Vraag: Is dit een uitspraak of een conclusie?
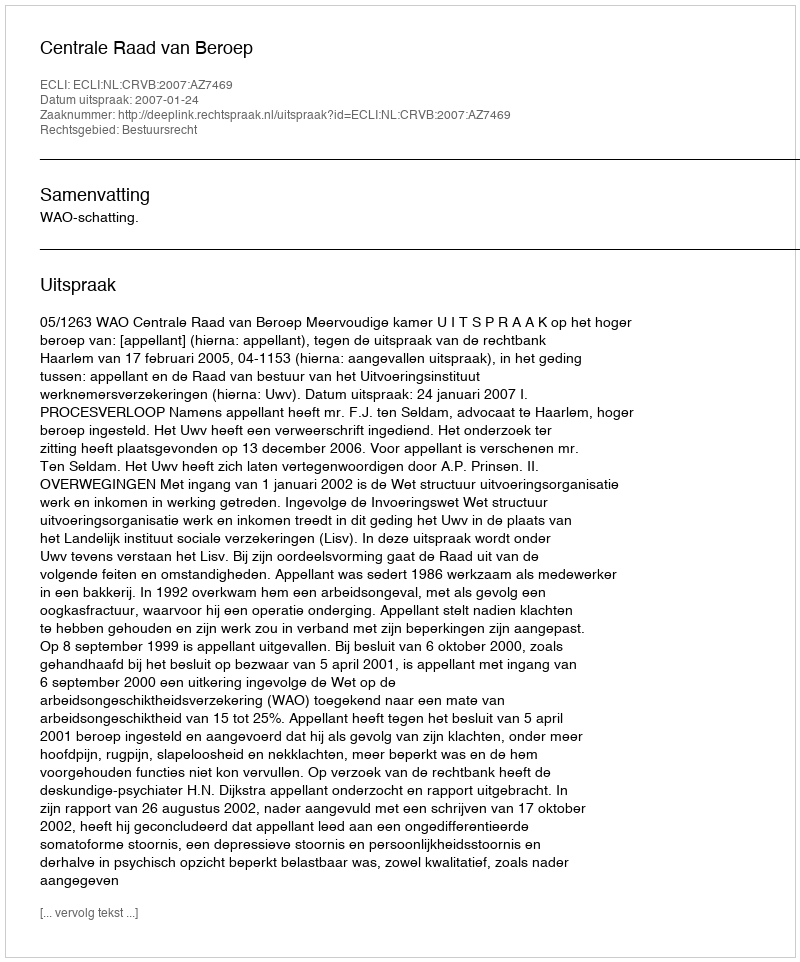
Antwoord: Uitspraak